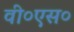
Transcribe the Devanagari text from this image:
वी०एस०